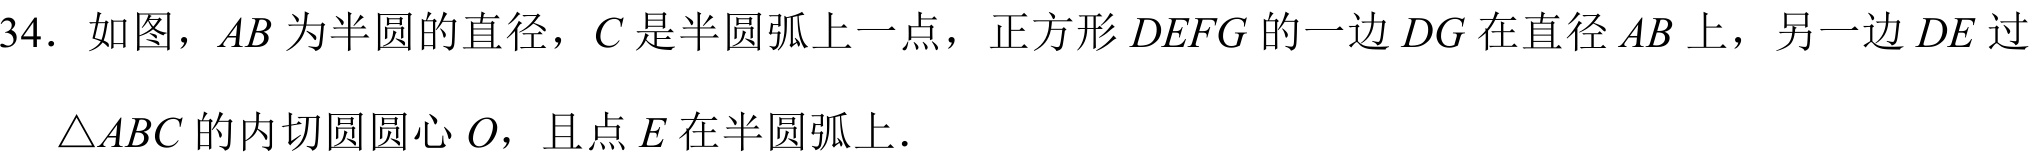
34. 如图，\(AB\)为半圆的直径，\(C\)是半圆弧上一点，正方形\(DEFG\)的一边\(DG\)在直径\(AB\)上，另一边\(DE\)过\(\triangle ABC\)的内切圆圆心\(O\)，且点\(E\)在半圆弧上.